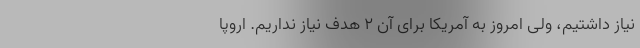
نیاز داشتیم، ولی امروز به آمریکا برای آن ۲ هدف نیاز نداریم. اروپا